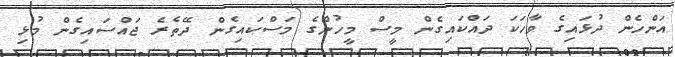
އަންހެން ދުޅައިގެ ވާހަކަ ދައްކައިގެން މީސް މީހުންގެ މަސްކައިގެން ދޭތެރެ ޖައްސައިގެން މުޅި